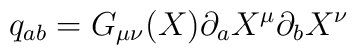
q_{ab}=G_{\mu \nu }(X)\partial _{a}X^{\mu }\partial _{b}X^{\nu }